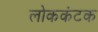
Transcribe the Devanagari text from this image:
लोककंटक